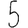
Digit: 5